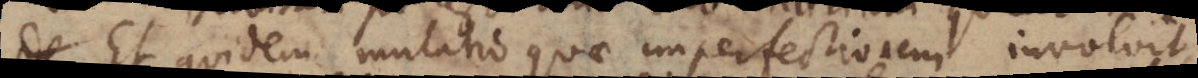
et quidem mutatio quae imperfectionem involvit,